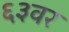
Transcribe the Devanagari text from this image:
६३वर